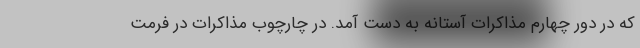
که در دور چهارم مذاکرات آستانه به دست آمد. در چارچوب مذاکرات در فرمت